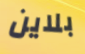
بلاين